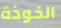
الخوذة